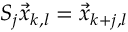
S _ { j } \vec { x } _ { k , l } = \vec { x } _ { k + j , l }